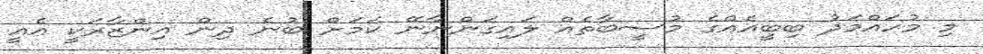
މި މުހައްމަދު ބިބީއެއްގެ މުސީބާތެއް ލައިގަންނާނޭ ކަމަށް ބުނެ ދިން އިންޒާރަކީ އެއީ